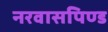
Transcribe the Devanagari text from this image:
नरवासपिण्ड